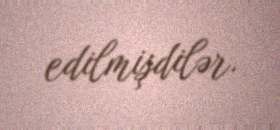
edilmişdilər.